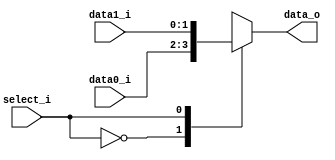
// 0516244 TAY CHUN KEAT

module MUX_2to1(
               data0_i,
               data1_i,
               select_i,
               data_o
               );

parameter size = 0;			   
			
//I/O ports               
input   [size-1:0] data0_i;          
input   [size-1:0] data1_i;
input              select_i;
output  [size-1:0] data_o; 

//Internal Signals
reg     [size-1:0] data_o;

//Main function
always@(*)begin
	case(select_i)
		1'b0:	data_o<=data0_i;
		1'b1:	data_o<=data1_i;
	endcase
end
endmodule